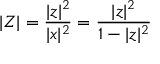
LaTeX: | Z | = { \frac { | z | ^ { 2 } } { | x | ^ { 2 } } } = { \frac { | z | ^ { 2 } } { 1 - | z | ^ { 2 } } }